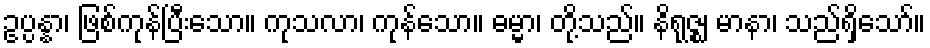
ဥပ္ပန္နာ၊ ဖြစ်ကုန်ပြီးသော။ ကုသလာ၊ ကုန်သော။ ဓမ္မာ၊ တို့သည်။ နိရုဇ္ဈ မာနာ၊ သည်ရှိသော်။